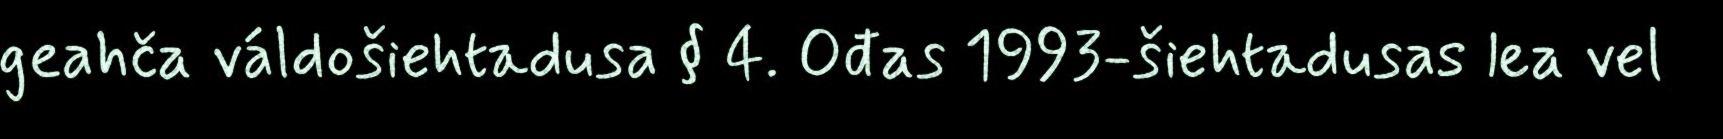
geahča váldošiehtadusa § 4. Ođas 1993-šiehtadusas lea vel